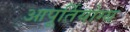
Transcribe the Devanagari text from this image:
आपूर्तियोग्य